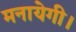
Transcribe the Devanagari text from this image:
मनायेगी।